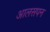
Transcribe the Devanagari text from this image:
आलसपन